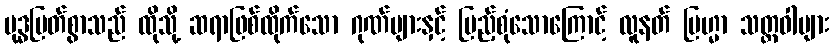
ဗုဒ္ဓမြတ်စွာသည် ထိုသို့ ဆရာဖြစ်ထိုက်သော ဂုဏ်များနှင့် ပြည့်စုံသောကြောင့် လူနတ် ဗြဟ္မာ သတ္တဝါများ